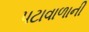
પટાવાળાની